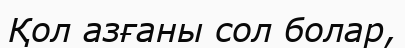
Қол азғаны сол болар,